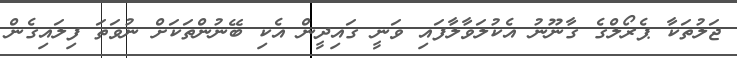
ޖަލުތަކާ ޕެރޯލްގެ ގާނޫނު އެކުލަވާލާފައި ވަނީ ގައިދީން އެކި ބޭނުންތަކަށް ނުވަތަ ފިލައިގެން